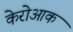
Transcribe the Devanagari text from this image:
केरोआक